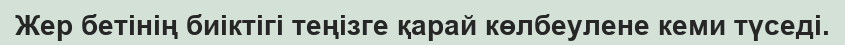
Жер бетінің биіктігі теңізге қарай көлбеулене кеми түседі.